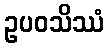
ဥပဝသိဿံ